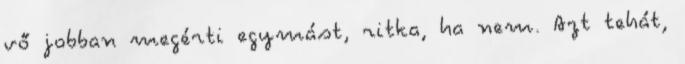
vő jobban megérti egymást, ritka, ha nem. Azt tehát,